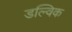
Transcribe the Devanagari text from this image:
डल्विक